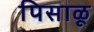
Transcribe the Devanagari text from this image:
पिसाळू